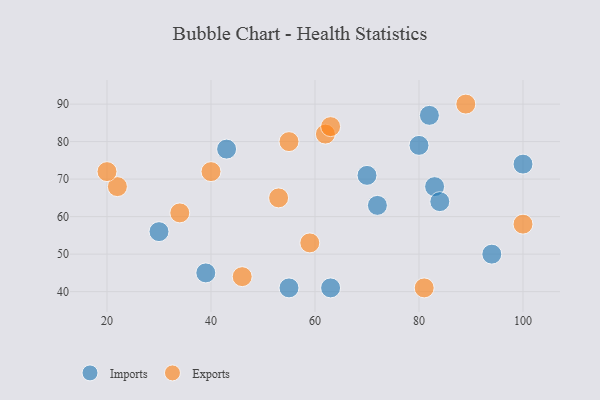
{"axis": {"x": "GDP", "y": "Life Expectancy"}, "legend": ["Exports", "Imports"], "data": [{"x": "63", "y": 41, "type": "Imports"}, {"x": "82", "y": 87, "type": "Imports"}, {"x": "43", "y": 78, "type": "Imports"}, {"x": "100", "y": 74, "type": "Imports"}, {"x": "94", "y": 50, "type": "Imports"}, {"x": "30", "y": 56, "type": "Imports"}, {"x": "80", "y": 79, "type": "Imports"}, {"x": "55", "y": 41, "type": "Imports"}, {"x": "83", "y": 68, "type": "Imports"}, {"x": "84", "y": 64, "type": "Imports"}, {"x": "72", "y": 63, "type": "Imports"}, {"x": "70", "y": 71, "type": "Imports"}, {"x": "39", "y": 45, "type": "Imports"}, {"x": "53", "y": 65, "type": "Exports"}, {"x": "62", "y": 82, "type": "Exports"}, {"x": "100", "y": 58, "type": "Exports"}, {"x": "22", "y": 68, "type": "Exports"}, {"x": "59", "y": 53, "type": "Exports"}, {"x": "20", "y": 72, "type": "Exports"}, {"x": "46", "y": 44, "type": "Exports"}, {"x": "55", "y": 80, "type": "Exports"}, {"x": "40", "y": 72, "type": "Exports"}, {"x": "34", "y": 61, "type": "Exports"}, {"x": "63", "y": 84, "type": "Exports"}, {"x": "81", "y": 41, "type": "Exports"}, {"x": "89", "y": 90, "type": "Exports"}]}